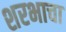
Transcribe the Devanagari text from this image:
शरभाचा